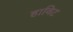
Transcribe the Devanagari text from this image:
हाविट